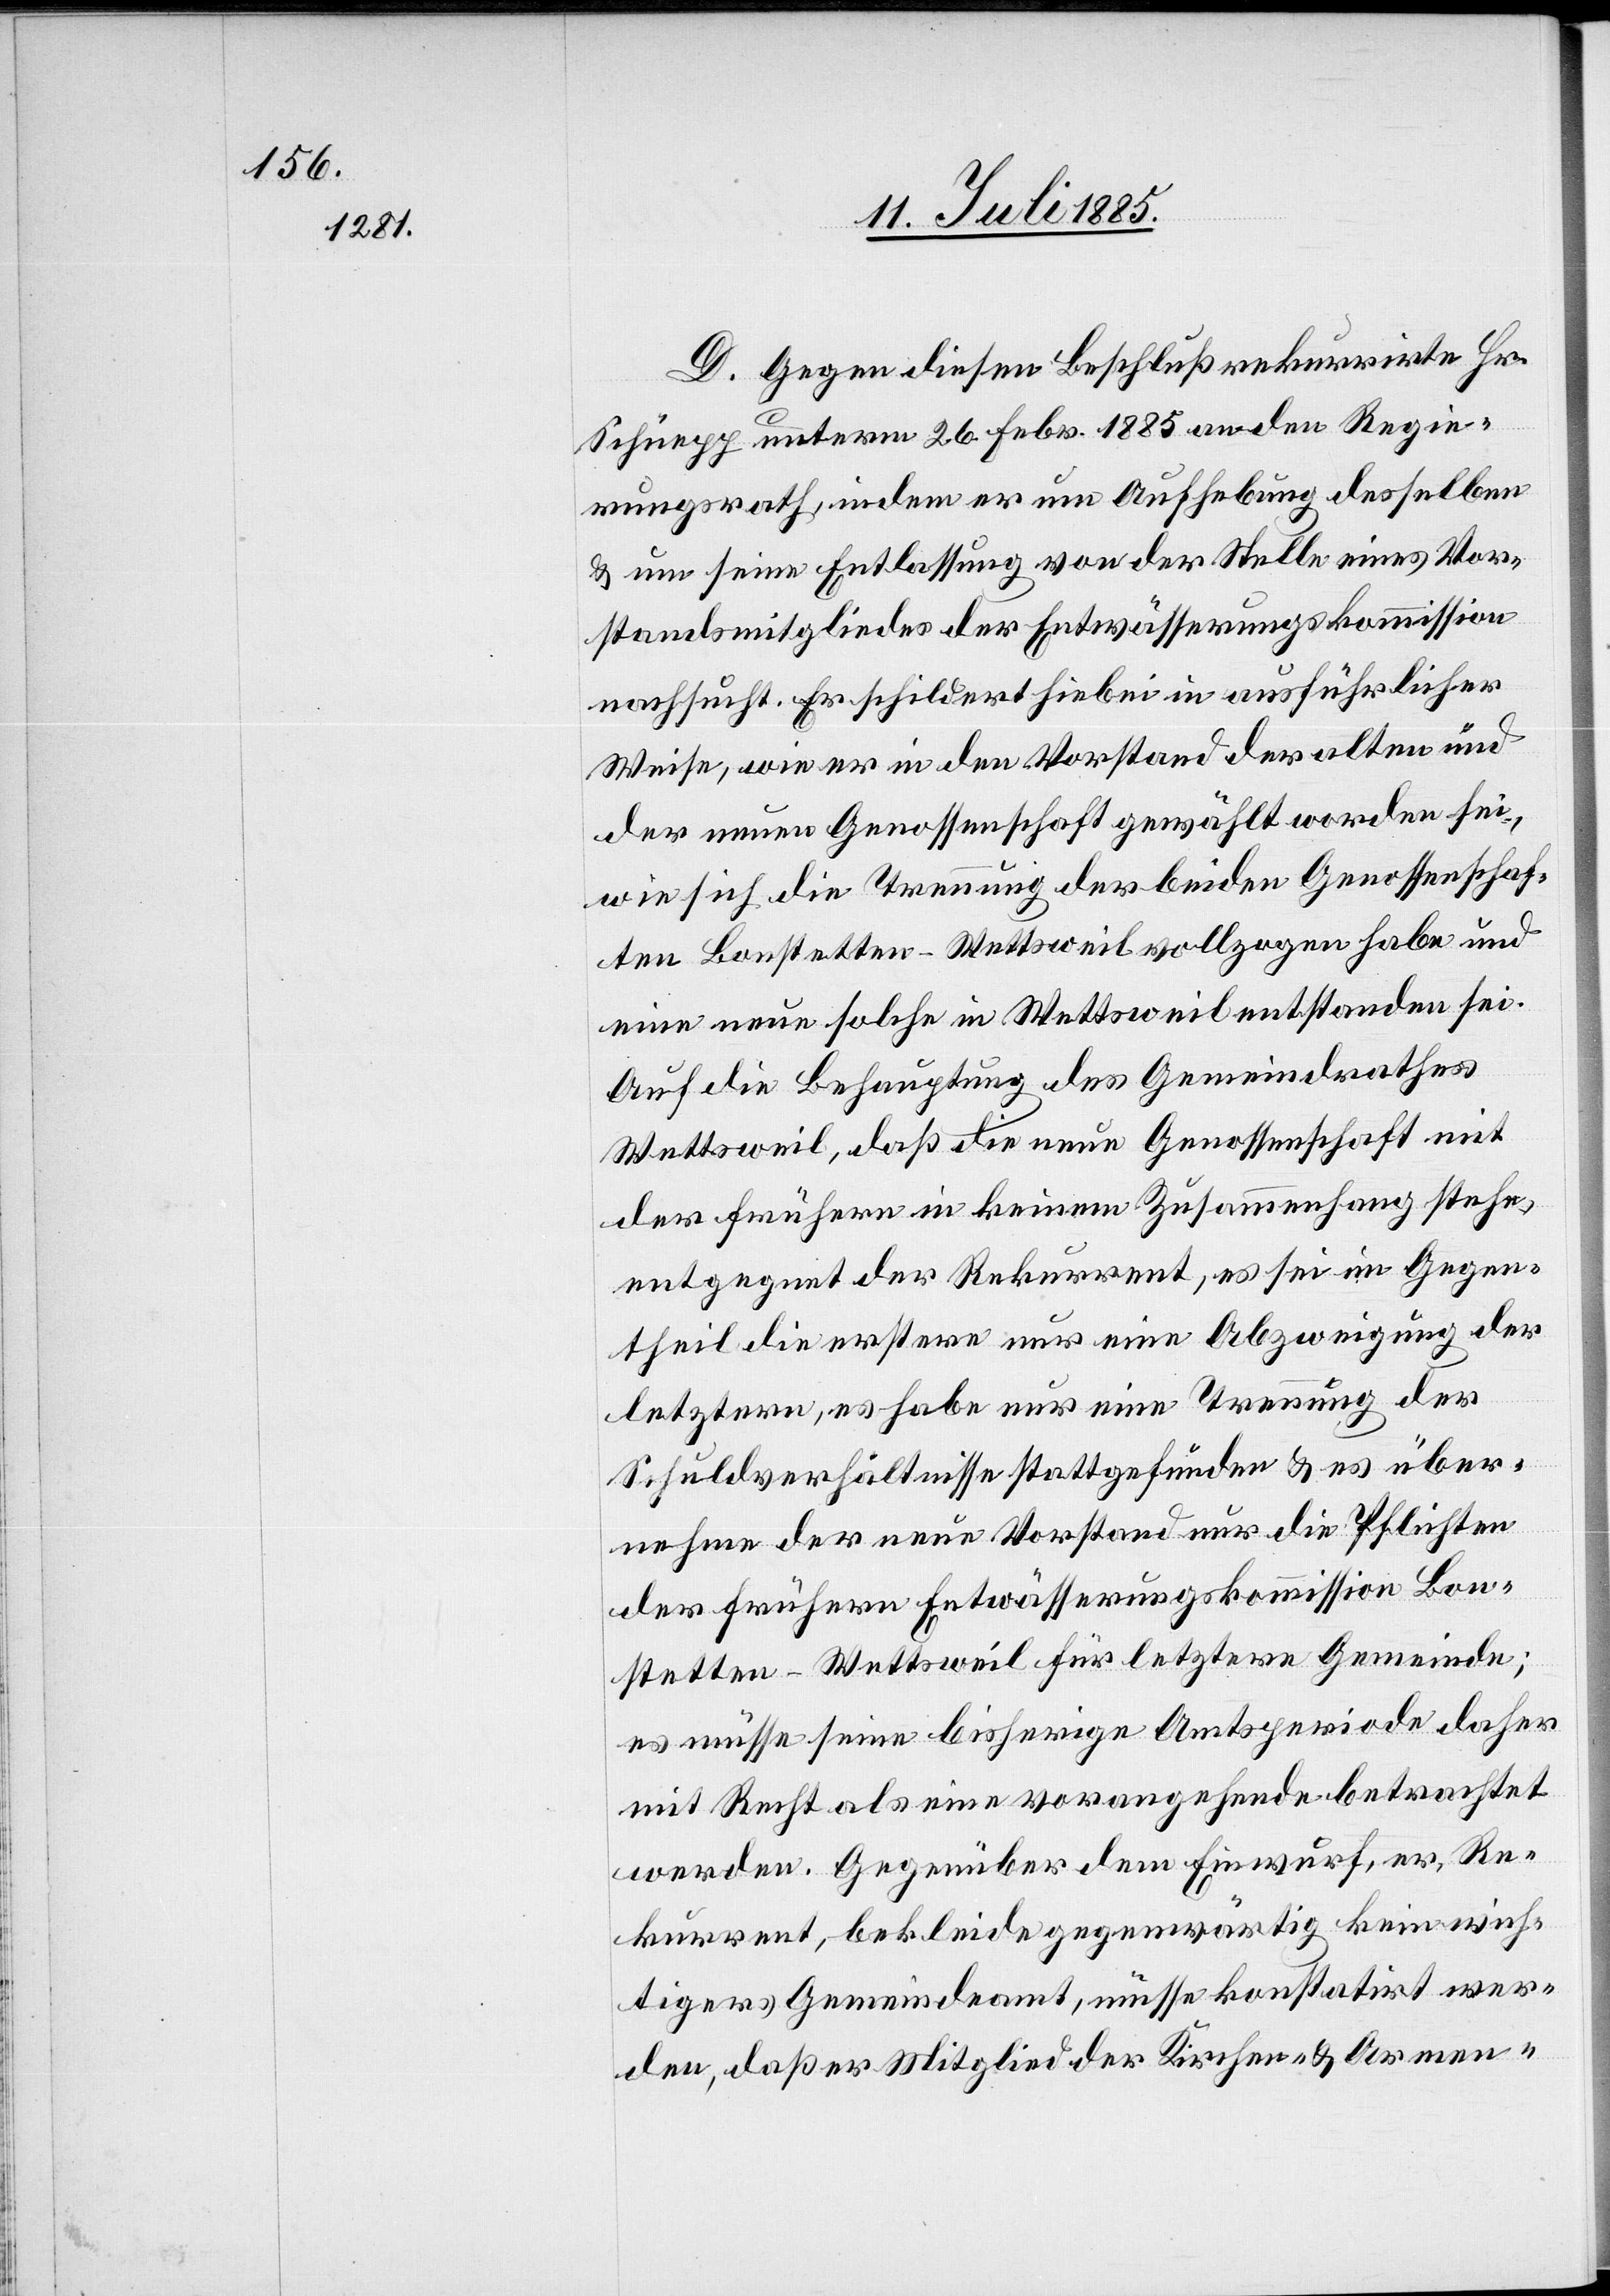
D. Gegen diesen Beschluß rekurrirte Hr.
Schüepp unterm 26. Febr. 1885 an den Regie¬
rungsrath indem er um Aufhebung desselben
& um seine Entlassung von der Stelle eines Vor¬
standsmitgliedes der Entwässerungskommission
nachsucht. Er schildert hiebei in ausführlicher
Weise, wie er in den Vorstand der alten und
der neuen Genossenschaft gewählt worden sie,
wie sich die Trennung der beiden Genossenschaf¬
ten Bonstetten - Wettsweil vollzogen habe und
eine neue solche in Wettsweil entstanden sei.
Auch die Behauptung des Gemeindrathes
Wettsweil, daß die neue Genossenschaft mit
der frühern in keinem Zusammenhang stehe,
entgegnet der Rekurrent, es sei im Gegen¬
theil die erstere nur eine Abzweigung der
letztern, es habe nur eine Trennung der
Schuldverhältnisse stattgefunden & es über¬
nehme der neue Vorstand nur die Pflichten
der frühern Entwässerungskommission Bon¬
stetten - Wettsweil für letztere Gemeinde;
es müsse seine bisherige Amtsperiode daher
mit Recht als eine vorangehende betrachtet
werden. Gegenüber dem Einwurf, er, Re¬
kurrent, bekleide gegenwärtig kein wich¬
tiger[e]s Gemeindeamt, müsse konstatirt wer¬
den, daß er Mitglied der Kirchen- & Armen-